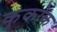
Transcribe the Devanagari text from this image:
कुकोक